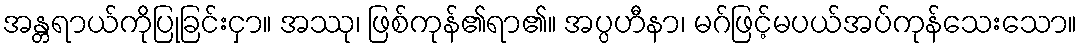
အန္တရာယ်ကိုပြုခြင်းငှာ။ အဿု၊ ဖြစ်ကုန်၏ရာ၏။ အပ္ပဟီနာ၊ မဂ်ဖြင့်မပယ်အပ်ကုန်သေးသော။